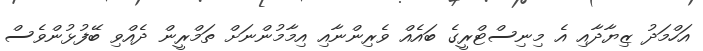
އަހްމަދު ޒިޔާދާއި އެ މިނިސްޓްރީގެ ބައެއް ވެރިންނާއި އިމާމުންނަށް ތަމްރީން ދެއްވި ބޭފުޅުންވެސް